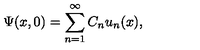
\Psi ( x , 0 ) = \sum _ { n = 1 } ^ { \infty } C _ { n } u _ { n } ( x ) ,